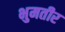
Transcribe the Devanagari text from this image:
भुमतीर